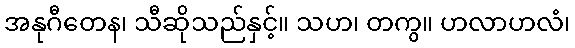
အနုဂီတေန၊ သီဆိုသည်နှင့်။ သဟ၊ တကွ။ ဟလာဟလံ၊